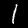
Digit: 1